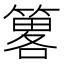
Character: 𥳂